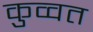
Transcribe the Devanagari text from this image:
कुव्‍वत